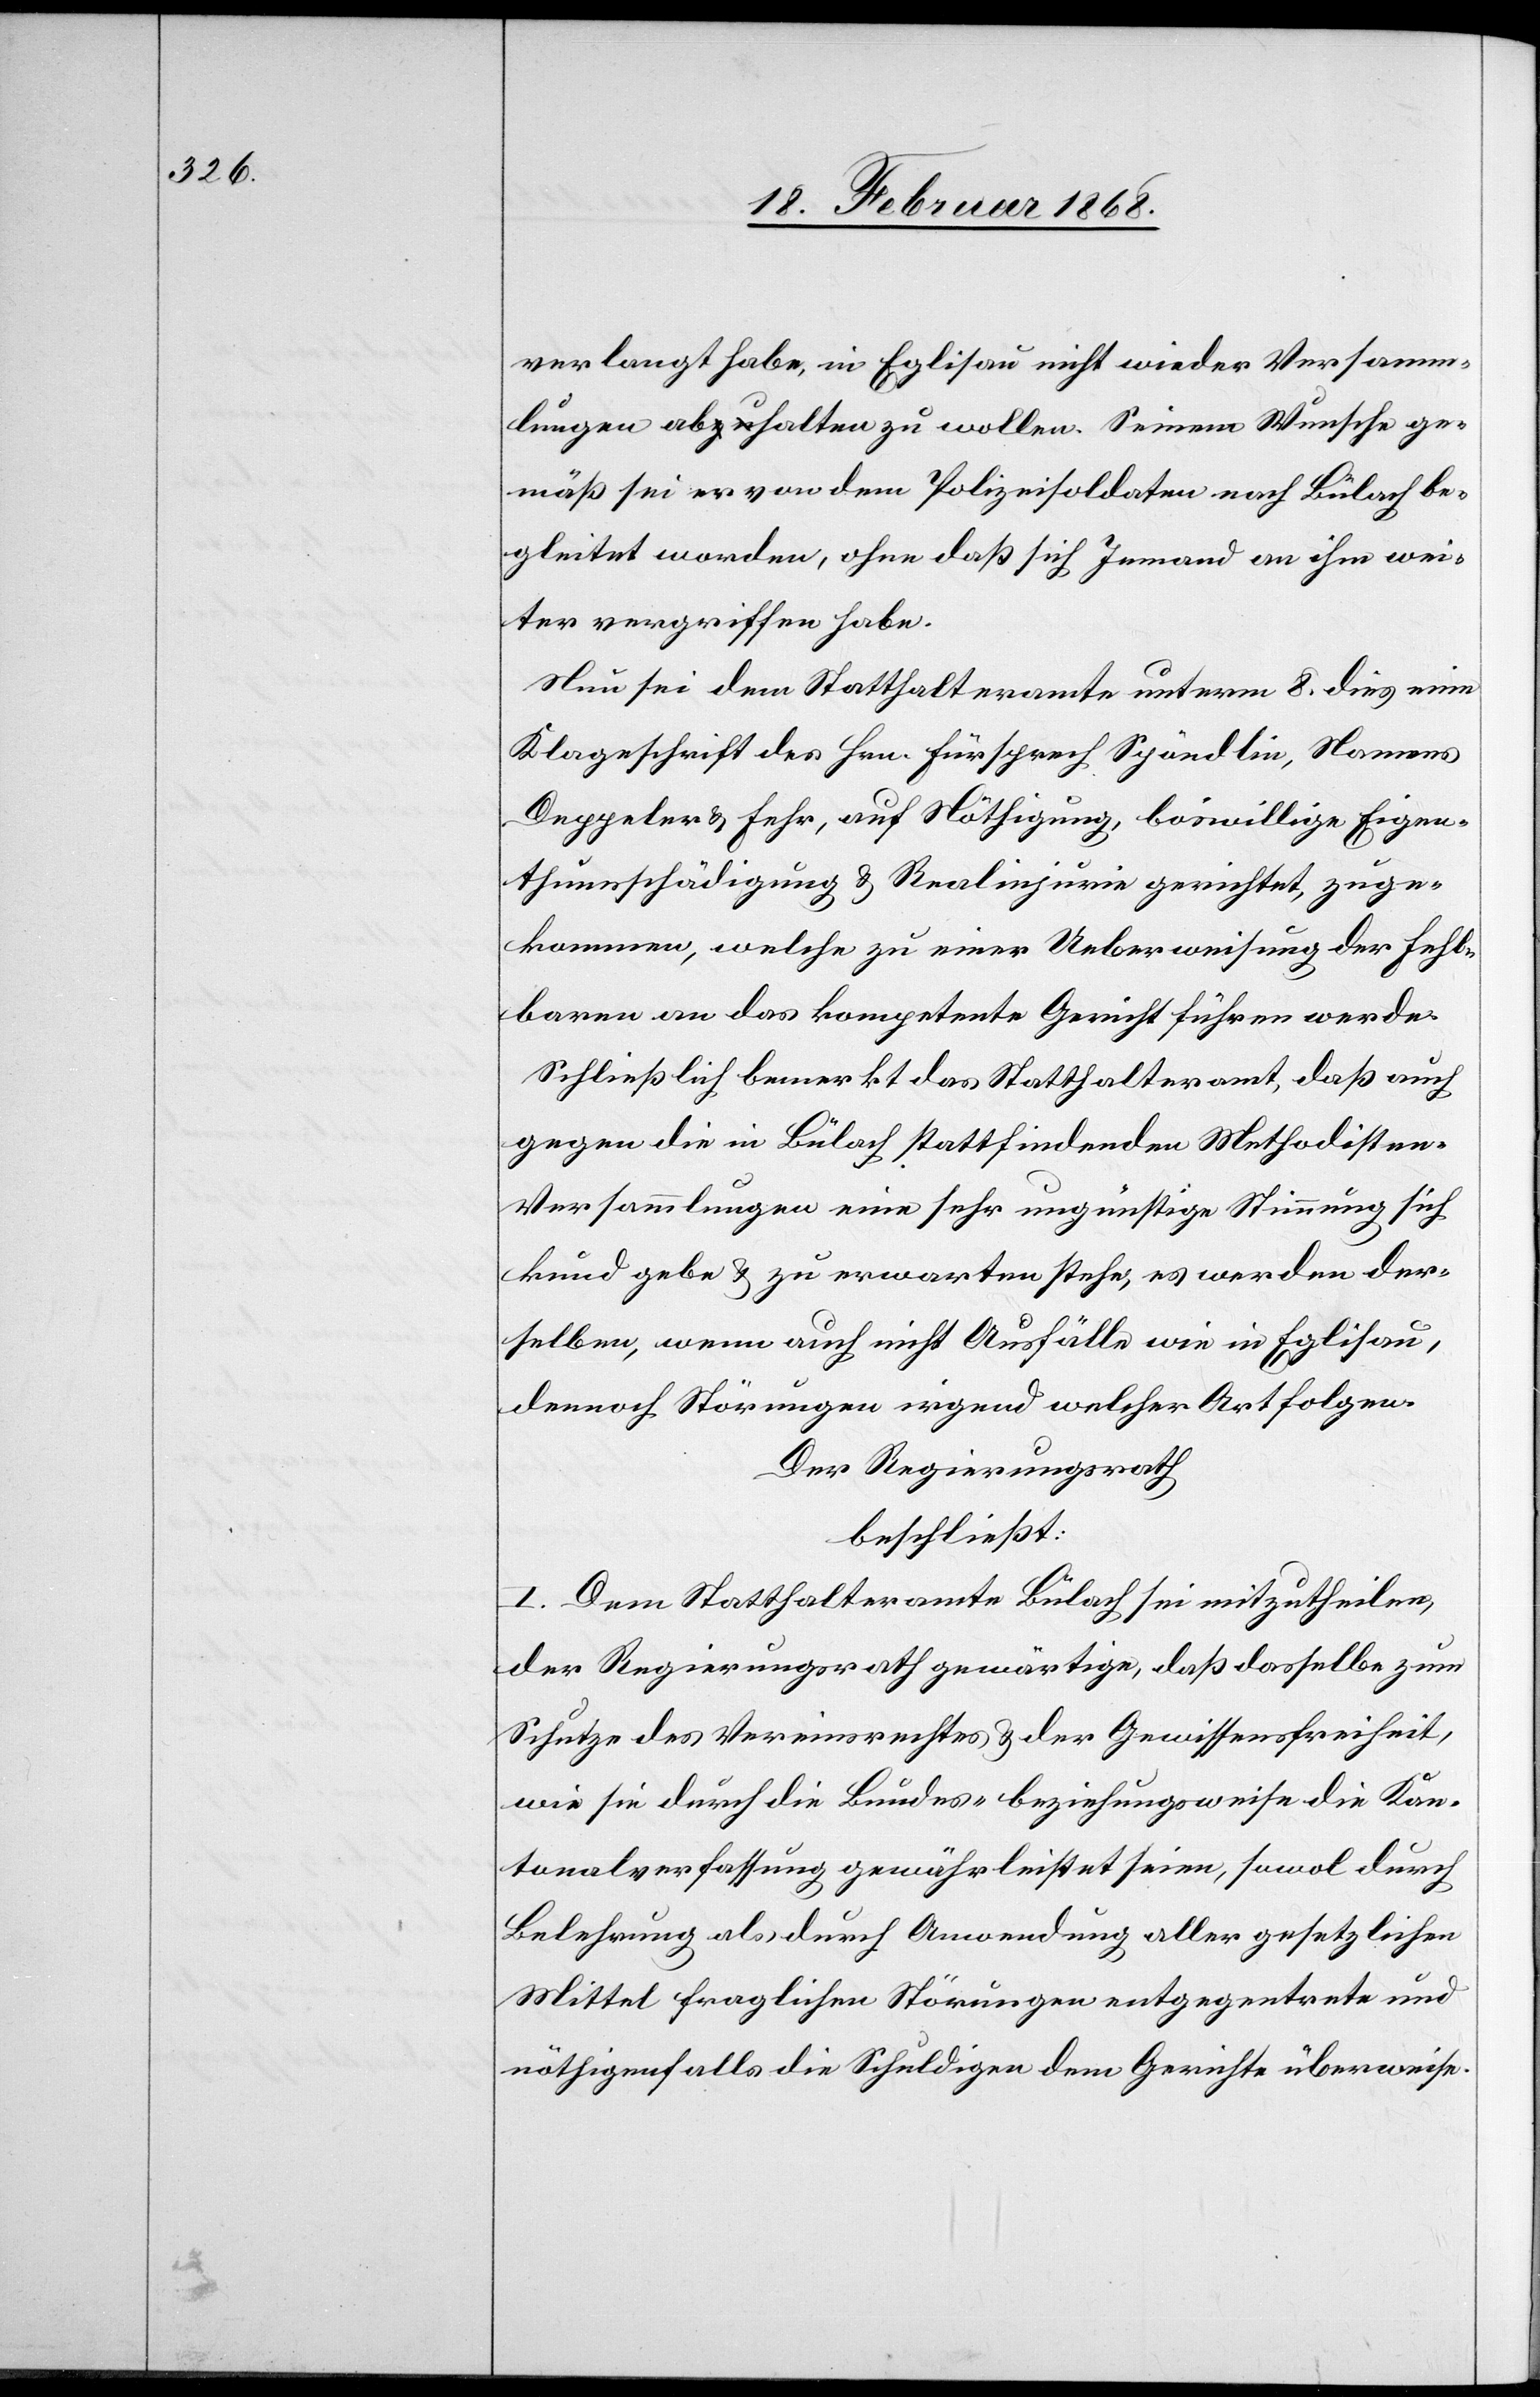
verlangt habe, in Eglisau nicht wieder Versamm¬
lungen abhalten zu wollen. Seinem Wunsche ge¬
mäß sei er von dem Polizeisoldaten nach Bülach be¬
gleitet worden, ohne daß sich Jemand an ihm wei¬
ter vergriffen habe.
Nun sei dem Statthalteramte unterm 8. dies eine
Klageschrift des Hrn. Fürsprech Spöndlin, Namens
Deppeler & Fehr, auf Nöthigung, böswillige Eigen¬
thumsschädigung & Realinjurie gerichtet, zuge¬
kommen, welche zu einer Ueberweisung der Fehl¬
baren an das kompetente Gericht führen werde.
Schließlich bemerkt das Statthalteramt, daß auch
gegen die in Bülach stattfindenden Methodisten-V¬
ersammlungen eine sehr ungünstige Stimmung sich
kund gebe & zu erwarten stehe, es werden der¬
selben, wenn auch nicht Ausfälle wie in Eglisau,
dennoch Störungen irgend welcher Art folgen.
Der Regierungsrath
beschließt:
I. Dem Statthalteramte Bülach sei mitzutheilen,
der Regierungsrath gewärtige, daß dasselbe zum
Schutze des Vereinsrechtes & der Gewissensfreiheit,
wie sie durch die Bundes- beziehungsweise die Kan¬
tonalverfassung gewährleistet seien, sowol durch
Belehrung als durch Anwendung aller gesetzlichen
Mittel fraglichen Störungen entgegentrete und
nöthigenfalls die Schuldigen dem Gerichte überweise.